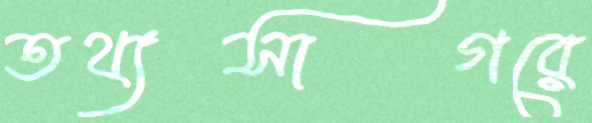
তথ্যসাগরে